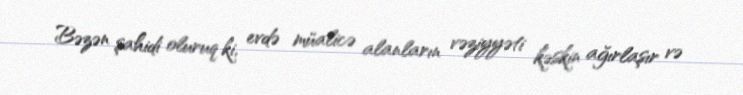
Bəzən şahidi oluruq ki, evdə müalicə alanların vəziyyəti kəskin ağırlaşır və